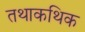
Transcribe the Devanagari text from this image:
तथाकथिक